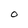
Character: O